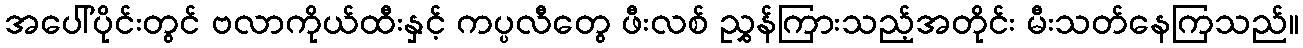
အပေါ်ပိုင်းတွင် ဗလာကိုယ်ထီးနှင့် ကပ္ပလီတွေ ဖီးလစ် ညွှန်ကြားသည့်အတိုင်း မီးသတ်နေကြသည်။